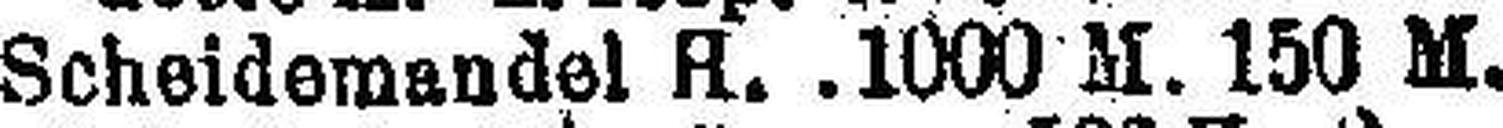
Scheidemandel A. 1000 M. 150 M.